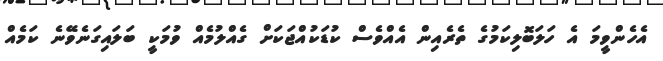
އެހެންވީމަ އެ ހަލަބޮލިކަމުގެ ތެރެއިން އެއްވެސް ކުޑަކުއްޖަކަށް ގެއްލުމެއް ވުމަކީ ބަލައިގަނެވޭނެ ކަމެއް